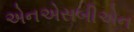
એનએસબીએન